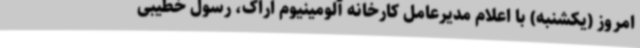
امروز (یکشنبه) با اعلام مدیرعامل کارخانه آلومینیوم اراک، رسول خطیبی